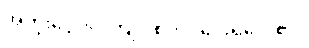
အတိုးငွေ ၆၀ ကျပ် စတင်ပေးရလေ၏။